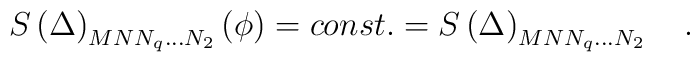
S\left( \Delta \right) _{MNN_q\ldots N_2}\left( \phi \right)=const.=S\left( \Delta \right) _{MNN_q\ldots N_2}\quad .